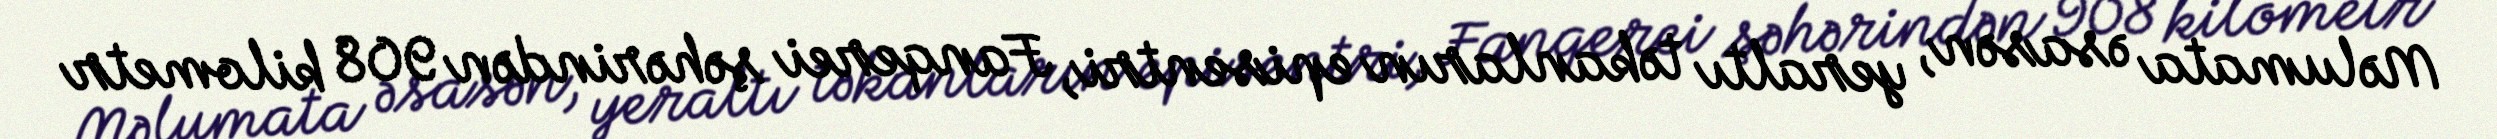
Məlumata əsasən, yeraltı təkanların episentri, Fanqerei şəhərindən 908 kilometr